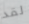
لقد